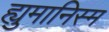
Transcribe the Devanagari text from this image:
ह्युमानिस्म